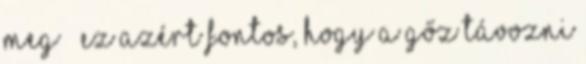
meg – ez azért fontos, hogy a gőz távozni